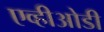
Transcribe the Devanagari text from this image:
एव्हीओडी